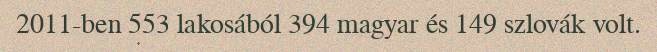
2011-ben 553 lakosából 394 magyar és 149 szlovák volt.